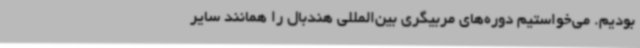
بودیم. می‌خواستیم دوره‌های مربیگری بین‌المللی هندبال را همانند سایر